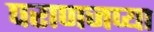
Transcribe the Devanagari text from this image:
पराणजप्या